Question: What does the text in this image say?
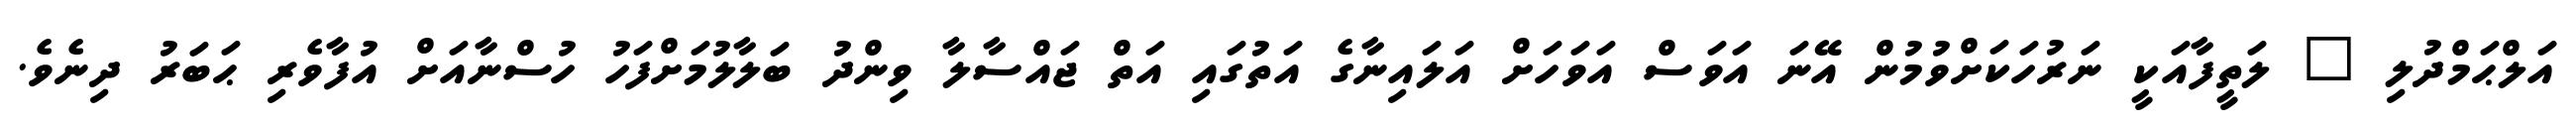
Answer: އަލްޙަމްދުލި " ލަތީފާއަކީ ނަރުހަކަށްވުމުން އޭނަ އަވަސް އަވަހަށް އަލައިނާގެ އަތުގައި އަތް ޖައްސާލާ ވިންދު ބަލާލުމަށްފަހު ހުސްނާއަށް އުފާވެރި ޙަބަރު ދިނެވެ.